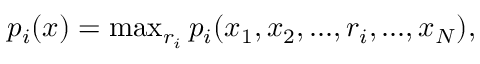
\begin{array} { r } { p _ { i } ( { \boldsymbol x } ) = \operatorname* { m a x } _ { r _ { i } } p _ { i } ( x _ { 1 } , x _ { 2 } , . . . , r _ { i } , . . . , x _ { N } ) , } \end{array}